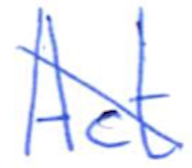
Text: Act
Cross-out: diagonal
Writing tool: ballpoint